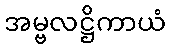
အမ္ဗလဋ္ဌိကာယံ